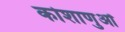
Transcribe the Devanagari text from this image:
कोशाणुओं